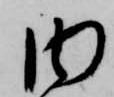
内